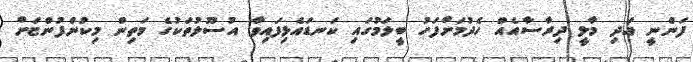
ފަންނީ އަދި މާލީ ދިރާސާއެއް ހެދުމަށްފަހު ބީލަމުގައި ކަނޑައެޅިފައިވާ އުސޫލުތަކުގެ މަތިން މިކުންފުންޏަށް